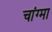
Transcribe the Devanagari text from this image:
चांग्मा